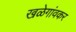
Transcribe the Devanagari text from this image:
खळेगांवकर